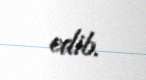
edib.